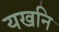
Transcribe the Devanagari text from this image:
यखनि